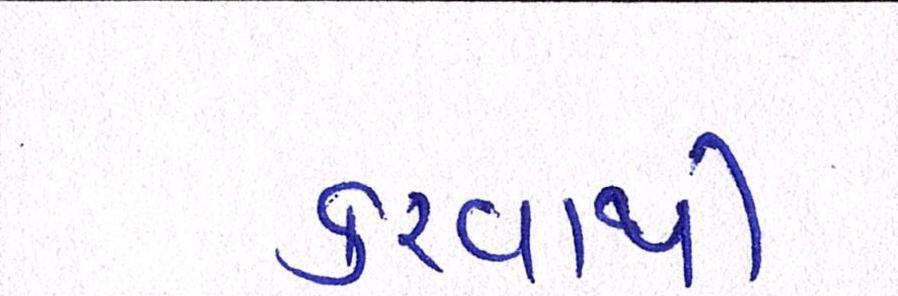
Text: કરવાથી